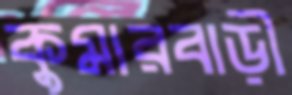
কুমারবাড়ী